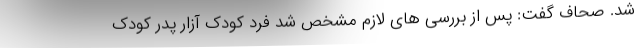
شد. صحاف گفت: پس از بررسی های لازم مشخص شد فرد کودک آزار پدر کودک